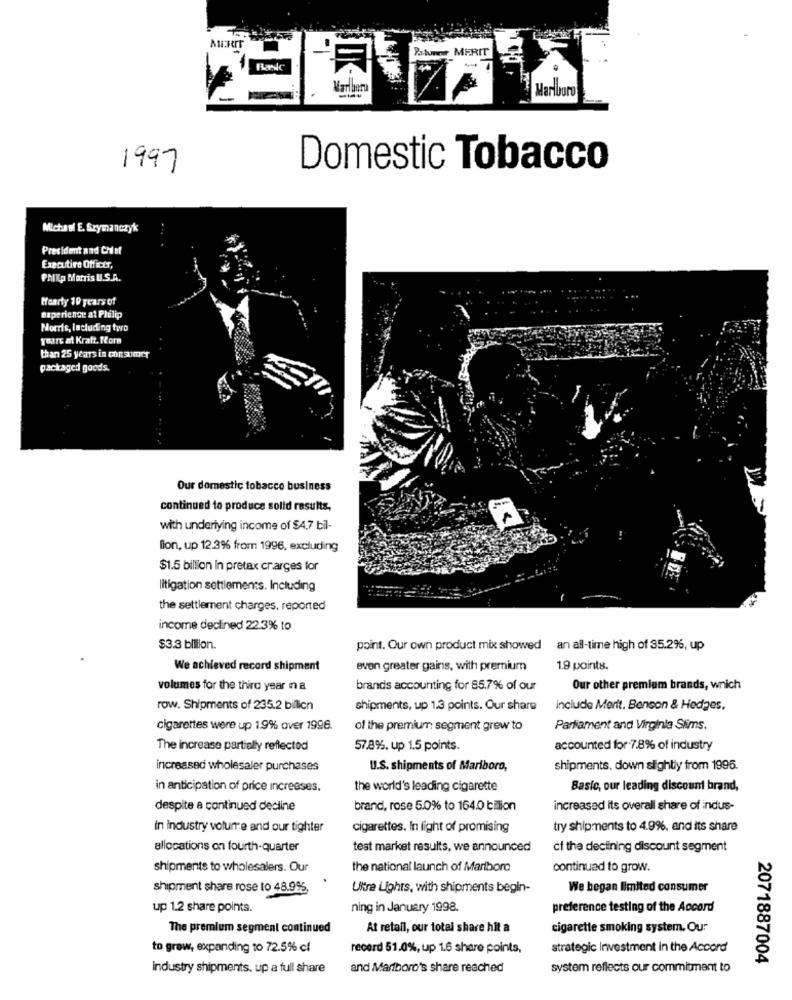
NEFIT
Patuner MERIT
---
Marlboro
1997
Domestic Tobacco
Michael E. Szymanczyk
President and Chief
Executive Officer,
Philip Morris U.S.A.
Hearty 10 years of
experience at Philip
Morris, including two
yoare at Kraft. For
than 25 years in consumer
packaged goods.
Our domestic tobacco business
continued to produce solid results,
with underlying income of $4,7 bil-
lion, up 12.3% from 1996, excluding
$1.5 billion In pretax crarges for
litigation settlements. Including
the settlement charges, reported
income declined 22.3% to
$3.3 billion.
point. Our own product mix showed
an all-time high of 35.2%, up
We achieved record shipment
even greater gains, with premium
1.9 points.
volumes for the third year na
brands accounting for 85.7% of our
Our other premium brands, which
row. Shipments of 235.2 bilion
shipments, up 1.3 points. Our share
include Merit. Benson & Hedges,
cigarettes were up 1.9% over 1996.
of the premium segment grew to
Parliament and Virginia Siims.
The increase partially reflected
57.8%. up 1.5 points.
accounted for 7.8% of industry
increased wholesaler purchases
U.S. shipments of Marlboro,
shipments. down slightly from 1995.
in anticipation of price increases.
the world's leading cigarette
Basic, our leading discount brand,
despite a continued decline
brand, rose 5.0% to 164.0 bilion
increased its overall share of indus-
in Industry volurre and our tighter
cigarettes. In light of promising
try shipments to 4.9%, and its share
allocations on fourth-quarter
test market results, we announced
cf the declining discount segment
shipments to wholesalers. Our
the national launch of Marlboro
continued to grow.
shipment share rose to 48.9%,
Ultra Lights, with shipments begin-
We began limited consumer
up 1.2 share points.
ning in January 1998.
preference testing of the Accord
The premium segment continued
At retail, our total share hit a
cigarette smoking system. Our
to grow, expanding to 72.5% cf
record 51.0%, up 1.6 share points,
strategic Investment in the Accord
2071887004
industry shipments, up a full share
and Mariboro's share reached
system reflects our commitment to